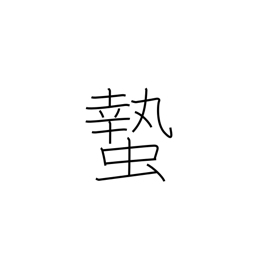
Meaning: hibernation of insects